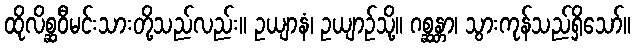
ထိုလိစ္ဆဝီမင်းသားတို့သည်လည်း။ ဥယျာနံ၊ ဥယျာဉ်သို့။ ဂစ္ဆန္တာ၊ သွားကုန်သည်ရှိသော်။